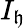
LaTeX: I_{\mathfrak{h}}